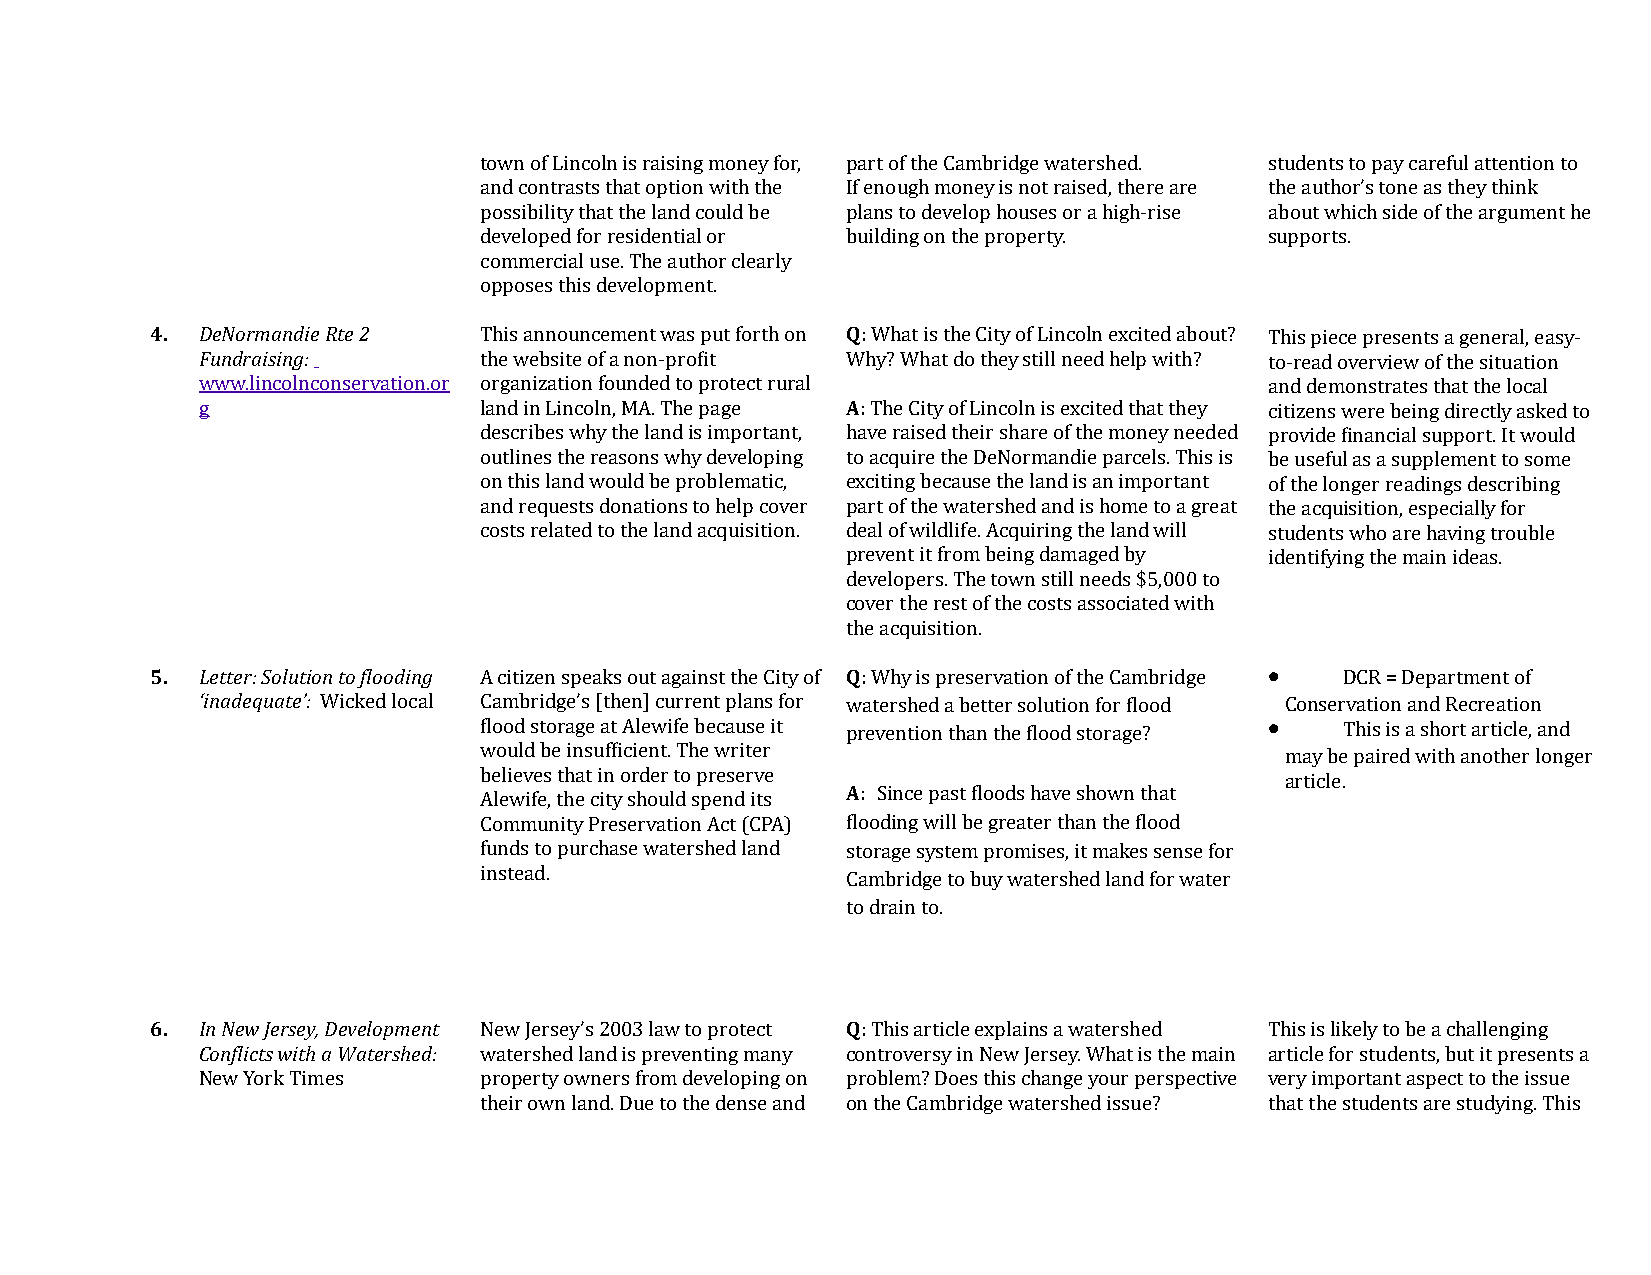
town of Lincoln is raising money for, part of the Cambridge watershed. students to pay careful attention to
 and contrasts that option with the If enough money is not raised, there are the author’s tone as they think
 possibility that the land could be plans to develop houses or a high-rise about which side of the argument he
 developed for residential or building on the property. supports.
 commercial use. The author clearly
 opposes this development.
 4. DeNormandie Rte 2  This announcement was put forth on Q: What is the City of Lincoln excited about? This piece presents a general, easy-
 Fundraising:       the website of a non-profit Why? What do they still need help with? to-read overview of the situation
 www.lincolnconservation.or organization founded to protect rural       and demonstrates that the local
 g                  land in Lincoln, MA. The page A: The City of Lincoln is excited that they citizens were being directly asked to
 describes why the land is important, have raised their share of the money needed provide financial support. It would
 outlines the reasons why developing to acquire the DeNormandie parcels. This is be useful as a supplement to some
 on this land would be problematic, exciting because the land is an important of the longer readings describing
 and requests donations to help cover part of the watershed and is home to a great the acquisition, especially for
 costs related to the land acquisition. deal of wildlife. Acquiring the land will students who are having trouble
 prevent it from being damaged by identifying the main ideas.
 developers. The town still needs $5,000 to
 cover the rest of the costs associated with
 the acquisition.
 •
 5. Letter: Solution to flooding A citizen speaks out against the City of Q: Why is preservation of the Cambridge DCR = Department of
 ‘inadequate’: Wicked local Cambridge’s [then] current plans for watershed a better solution for flood Conservation and Recreation
 flood storage at Alewife because it prevention than the flood storage? • This is a short article, and
 would be insufficient. The writer                    may be paired with another longer
 believes that in order to preserve                   article.
 A: Since past floods have shown that
 Alewife, the city should spend its
 Community Preservation Act (CPA) flooding will be greater than the flood
 funds to purchase watershed land storage system promises, it makes sense for
 instead.                Cambridge to buy watershed land for water
 to drain to.
 6. In New Jersey, Development New Jersey’s 2003 law to protect Q: This article explains a watershed This is likely to be a challenging
 Conflicts with a Watershed: watershed land is preventing many controversy in New Jersey. What is the main article for students, but it presents a
 New York Times     property owners from developing on problem? Does this change your perspective very important aspect to the issue
 their own land. Due to the dense and on the Cambridge watershed issue? that the students are studying. This